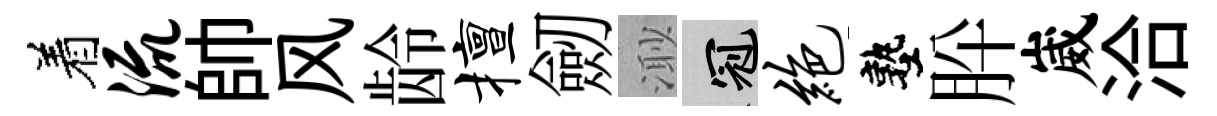
着流帥风龄擅劒𣺌冠绝塾肸崴洽